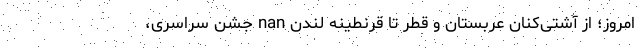
امروز؛ از آشتی‌کنان عربستان و قطر تا قرنطینه لندن nan جشن سراسری،